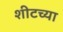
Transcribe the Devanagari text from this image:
शीटच्या